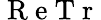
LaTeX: \mathrm{~R~e~T~r~}